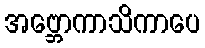
အဗ္ဘောကာသိကာပေ